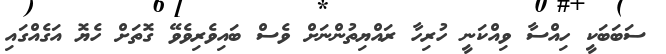
ސަބަބަކީ ހިއްސާ ވިއްކަނީ ހުރިހާ ރައްޔިތުންނަށް ވެސް ބައިވެރިވެވޭ ގޮތަށް ހެޔޮ އަގެއްގައި